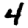
Digit: 4